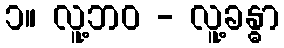
၁။ လူ့ဘဝ - လူ့ခန္ဓာ